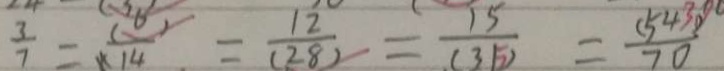
\frac { 3 } { 7 } = \frac { ( 6 ) } { ( 1 4 ) } = \frac { 1 2 } { ( 2 8 ) } = \frac { 1 5 } { ( 3 1 ) } = \frac { ( 5 4 ) } { 7 0 }